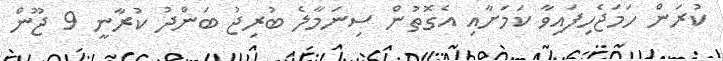
ކުރަން ހަމަޖެހިފައިވާ ކަމަށާއި އެގޮތުން ސިނަމާލެ ބުރިޖު ބަންދު ކުރާނީ 9 ޖޫން